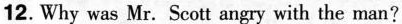
12. Why was Mr. Scott angry with the man?